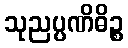
သုညပ္ပဏိဓိဉ္စ